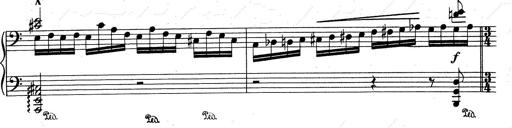
Title: RÃ©miniscences de Don Juan
Composer: Franz Liszt